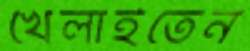
খেলাইতেন